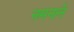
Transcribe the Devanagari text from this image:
नमनाने